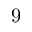
9